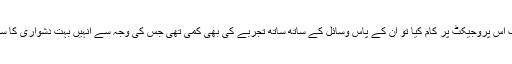
انہوں نے جب اس پروجیکٹ پر کام کیا تو ان کے پاس وسائل کے ساتھ ساتھ تجربے کی بھی کمی تھی جس کی وجہ سے انہیں بہت دشواری کا سامنا کرنا پڑا۔